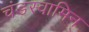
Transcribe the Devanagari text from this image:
चंडस्वामिन्